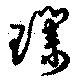
璞